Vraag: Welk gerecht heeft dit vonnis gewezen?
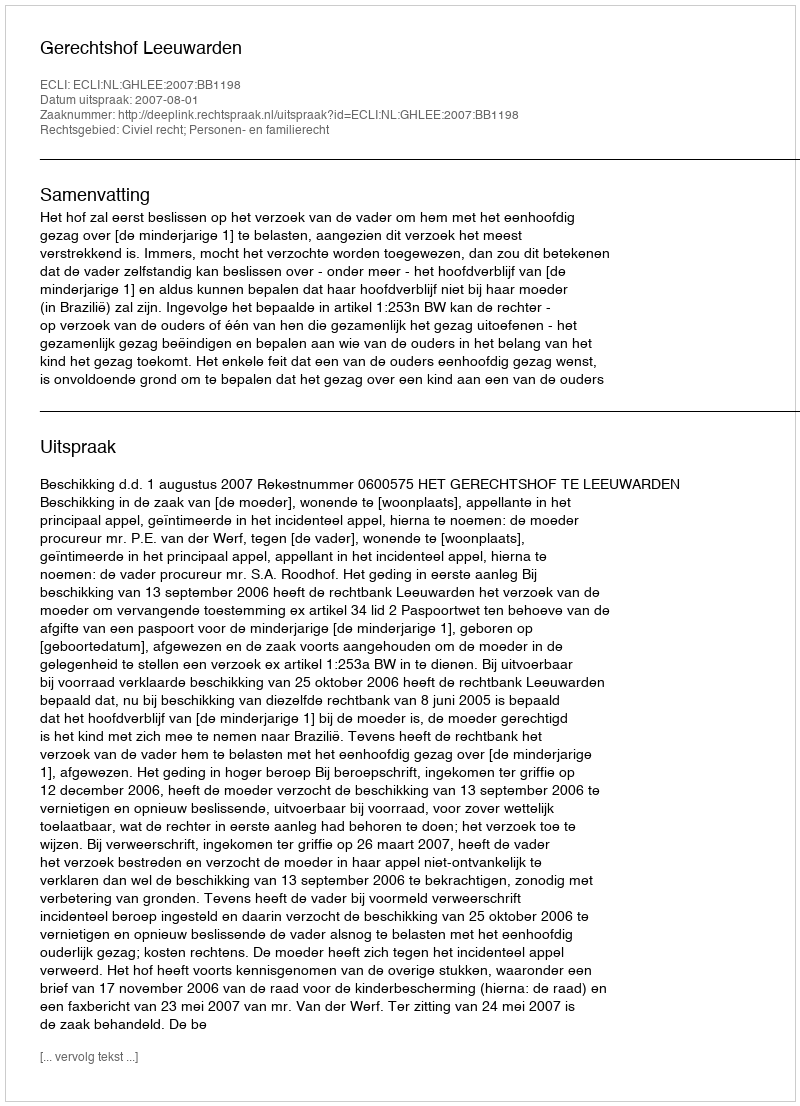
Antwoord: Gerechtshof Leeuwarden